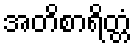
အတိစာရိတ္တံ